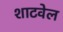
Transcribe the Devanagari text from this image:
शाटवेल